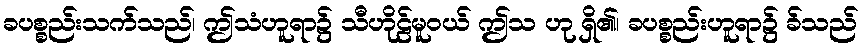
ခပစ္စည်းသက်သည်၊ ဤသံဟူရာ၌ သီဟိုဠ်မူဝယ် ဤသ ဟု ရှိ၏၊ ခပစ္စည်းဟူရာ၌ ခ်သည်